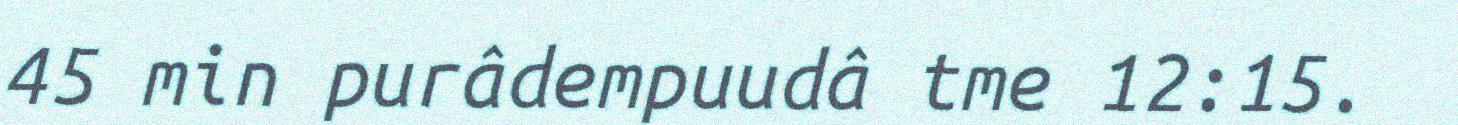
45 min purâdempuudâ tme 12:15.